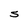
Character: S